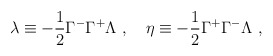
\begin{align*}\lambda \equiv - \frac{1}{2} \Gamma^- \Gamma^+ \Lambda ~,~~~\eta \equiv - \frac{1}{2} \Gamma^+ \Gamma^- \Lambda ~,\end{align*}